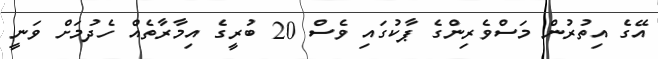
އޭގެ އިތުރުން މަސްވެރިންގެ ޕާކުގައި ވެސް 20 ބުރީގެ އިމާރާތެއް ހެދުމަށް ވަނީ